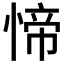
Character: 𱞷